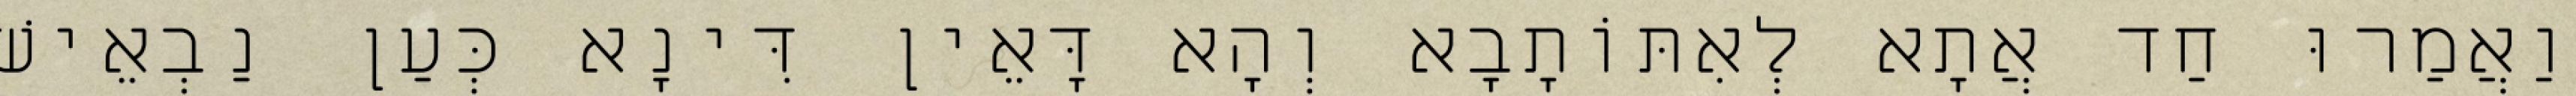
וַאֲמַרוּ חַד אֲתָא לְאִתּוֹתָבָא וְהָא דָּאֵין דִּינָא כְּעַן נַבְאֵישׁ